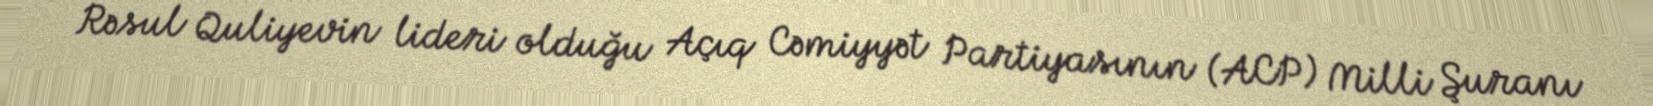
Rəsul Quliyevin lideri olduğu Açıq Cəmiyyət Partiyasının (ACP) Milli Şuranı